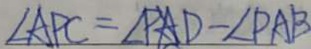
\angle A P C = \angle P A D - \angle P A B